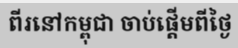
ពីរនៅកម្ពុជា ចាប់ផ្តើមពីថ្ងៃ